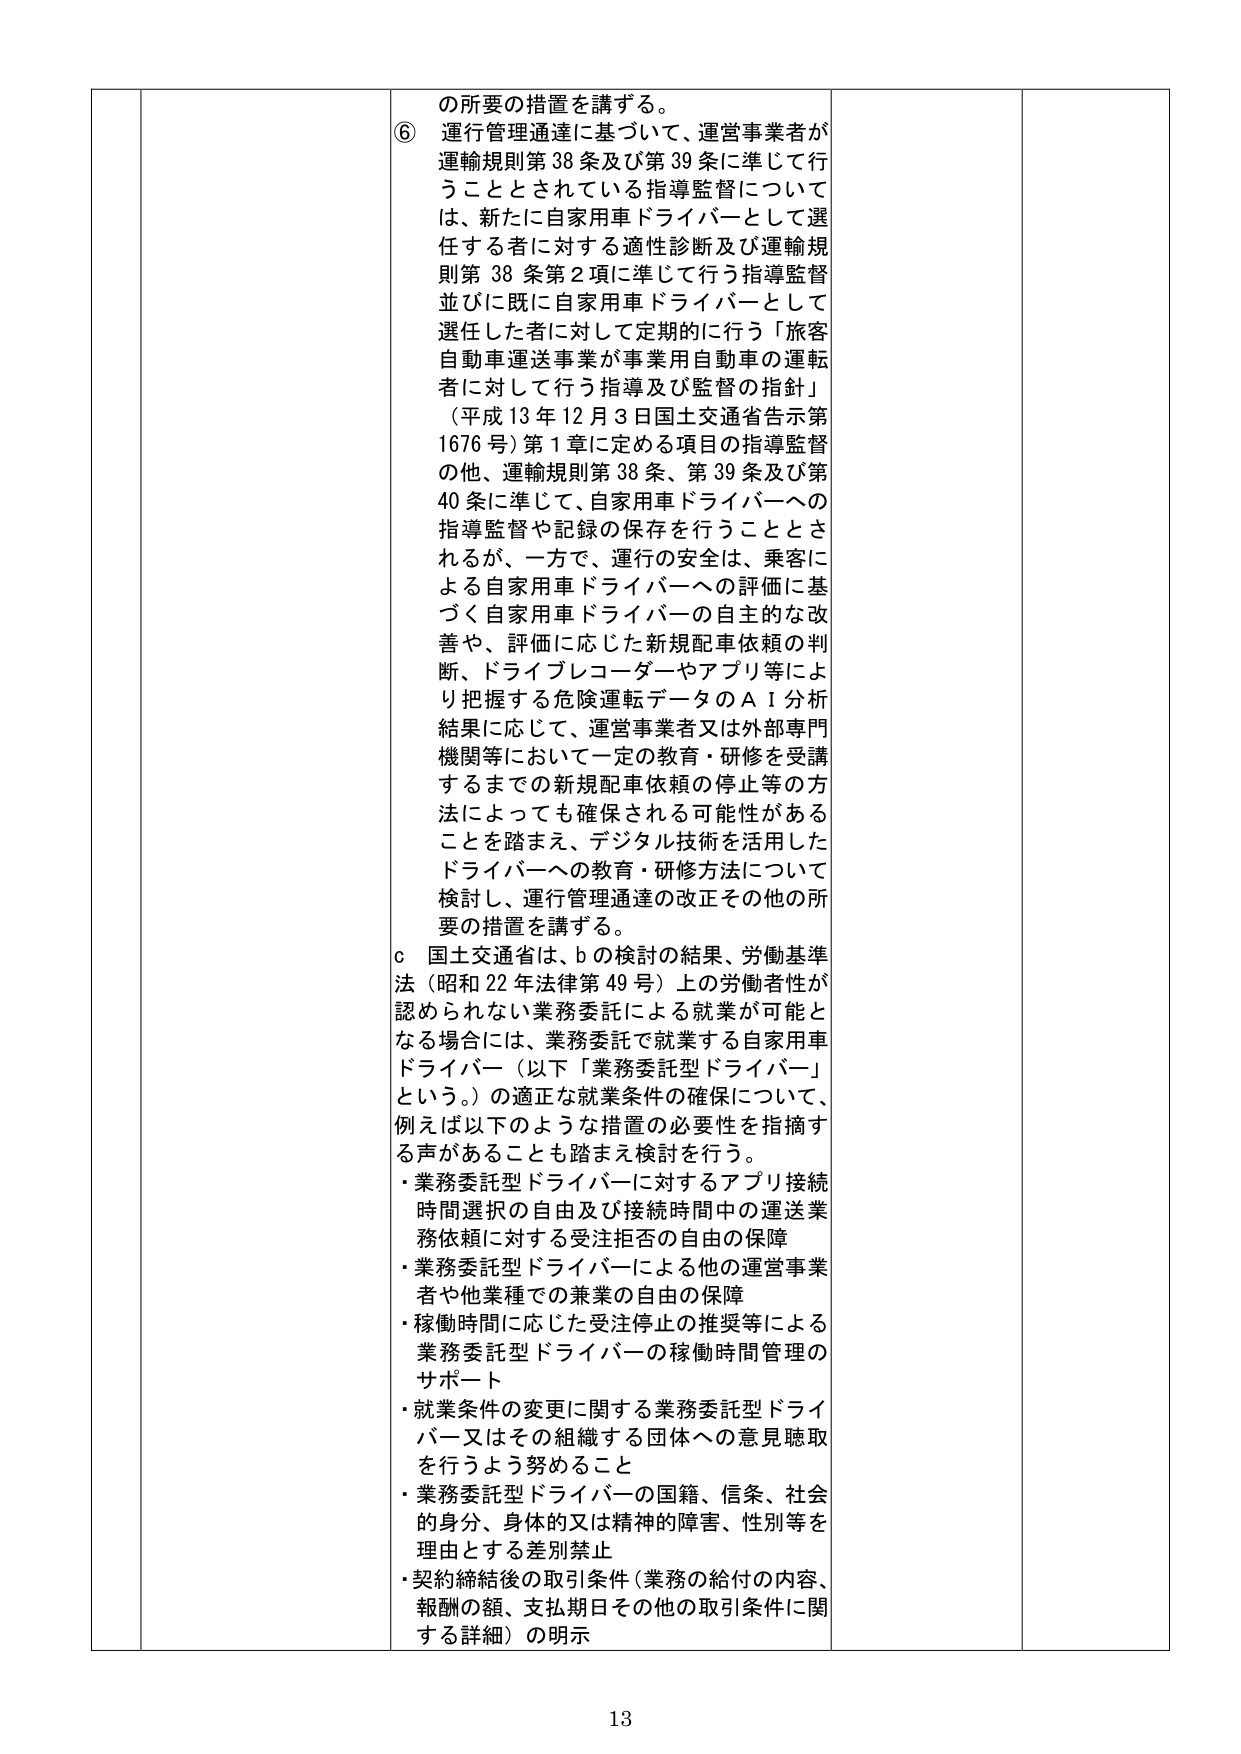
の所要の措置を講ずる。
⑥ 運行管理通達に基づいて、運営事業者が運輸規則第38条及び第39条に準じて行うこととされている指導監督については、新たに自家用車ドライバーとして選任する者に対する適性診断及び運輸規則第38条第2項に準じて行う指導監督並びに既に自家用車ドライバーとして選任した者に対して定期的に行う「旅客自動車運送事業が事業用自動車の運転者に対して行う指導及び監督の指針」（平成13年12月3日国土交通省告示第1676号）第1章に定める項目の指導監督の他、運輸規則第38条、第39条及び第40条に準じて、自家用車ドライバーへの指導監督や記録の保存を行うこととされるが、一方で、運行の安全は、乗客による自家用車ドライバーへの評価に基づく自家用車ドライバーの自主的な改善や、評価に応じた新規配車依頼の判断、ドライブレコーダーやアプリ等により把握する危険運転データのAI分析結果に応じて、運営事業者又は外部専門機関等において一定の教育・研修を受講するまでの新規配車依頼の停止等の方法によっても確保される可能性があることを踏まえ、デジタル技術を活用したドライバーへの教育・研修方法について検討し、運行管理通達の改正その他の所要の措置を講ずる。
c 国土交通省は、bの検討の結果、労働基準法（昭和22年法律第49号）上の労働者性が認められない業務委託による就業が可能となる場合には、業務委託で就業する自家用車ドライバー（以下「業務委託型ドライバー」という。）の適正な就業条件の確保について、例えば以下のような措置の必要性を指摘する声があることも踏まえ検討を行う。
・業務委託型ドライバーに対するアプリ接続時間選択の自由及び接続時間中の運送業務依頼に対する受注拒否の自由の保障
・業務委託型ドライバーによる他の運営事業者や他業種での兼業の自由の保障
・稼働時間に応じた受注停止の推奨等による業務委託型ドライバーの稼働時間管理のサポート
・就業条件の変更に関する業務委託型ドライバー又はその組織する団体への意見聴取を行うよう努めること
・業務委託型ドライバーの国籍、信条、社会的身分、身体的又は精神的障害、性別等を理由とする差別禁止
・契約締結後の取引条件（業務の給付の内容、報酬の額、支払期日その他の取引条件に関する詳細）の明示

13